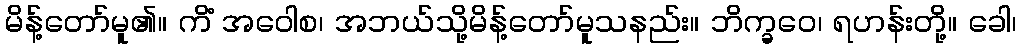
မိန့်တော်မူ၏။ ကိံ အဝေါစ၊ အဘယ်သို့မိန့်တော်မူသနည်း။ ဘိက္ခဝေ၊ ရဟန်းတို့။ ခေါ၊